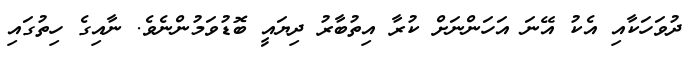
ދުވަހަކާއި އެކު އޭނަ އަހަންނަށް ކުރާ އިތުބާރު ދިޔައީ ބޮޑުވަމުންނެވެ. ނާއިގެ ހިތުގައި